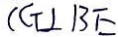
( G \bot B E